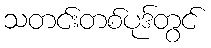
သတင်းတစ်ပုဒ်တွင်